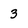
Character: 3